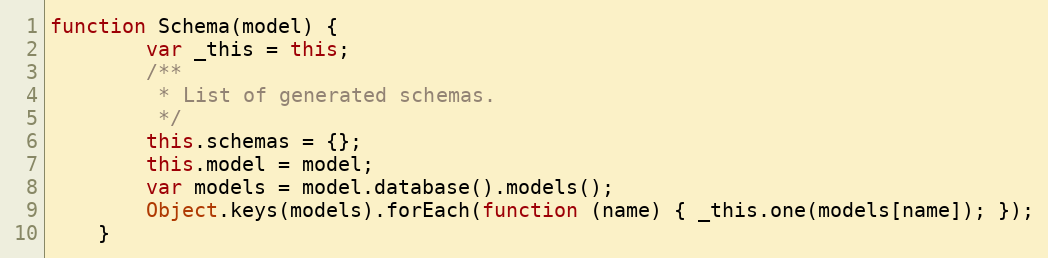
Language: JavaScript
function Schema(model) {
        var _this = this;
        /**
         * List of generated schemas.
         */
        this.schemas = {};
        this.model = model;
        var models = model.database().models();
        Object.keys(models).forEach(function (name) { _this.one(models[name]); });
    }